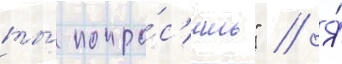
ты́ попро́с'ишь" // Я́